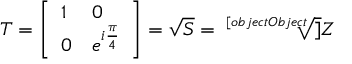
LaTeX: T = { \left[ \begin{array} { l l } { 1 } & { 0 } \\ { 0 } & { e ^ { i { \frac { \pi } { 4 } } } } \end{array} \right] } = { \sqrt { S } } = { \sqrt [ [object Object] ] { Z } }